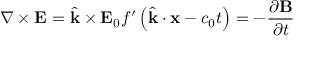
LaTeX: \nabla \times \mathbf { E } = { \hat { \mathbf { k } } } \times \mathbf { E } _ { 0 } f ^ { \prime } \left( { \hat { \mathbf { k } } } \cdot \mathbf { x } - c _ { 0 } t \right) = - { \frac { \partial \mathbf { B } } { \partial t } }